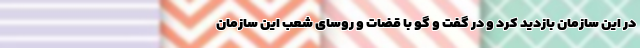
در این سازمان بازدید کرد و در گفت و گو با قضات و روسای شعب این سازمان